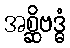
အစ္ဆိဗဒ္ဓံ